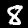
Label: 8